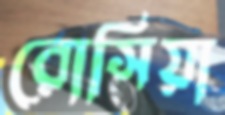
রোসিয়া